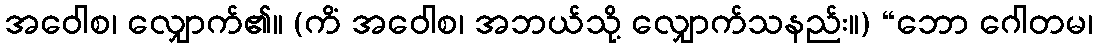
အဝေါစ၊ လျှောက်၏။ (ကိံ အဝေါစ၊ အဘယ်သို့ လျှောက်သနည်း။) “ဘော ဂေါတမ၊